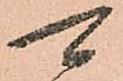
可